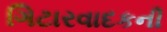
ગિટારવાદકની